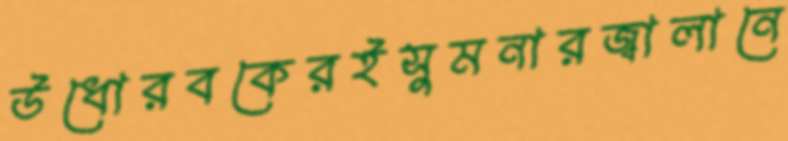
উধোরবকেরইসুমনারজ্বালানে